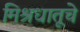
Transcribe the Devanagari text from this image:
मिश्रधातूचे